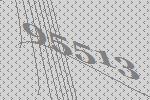
95513